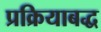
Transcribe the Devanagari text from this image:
प्रक्रियाबद्ध